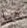
هيا